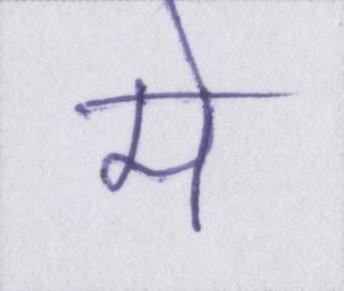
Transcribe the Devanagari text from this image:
मे